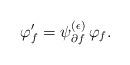
LaTeX: \begin{align*}\varphi_f'= \psi_{\partial f}^{(\epsilon)} \, \varphi_f.\end{align*}